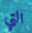
التي